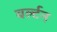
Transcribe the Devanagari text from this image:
बर्ल्टन